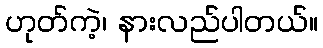
ဟုတ်ကဲ့၊ နားလည်ပါတယ်။